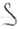
Text: S